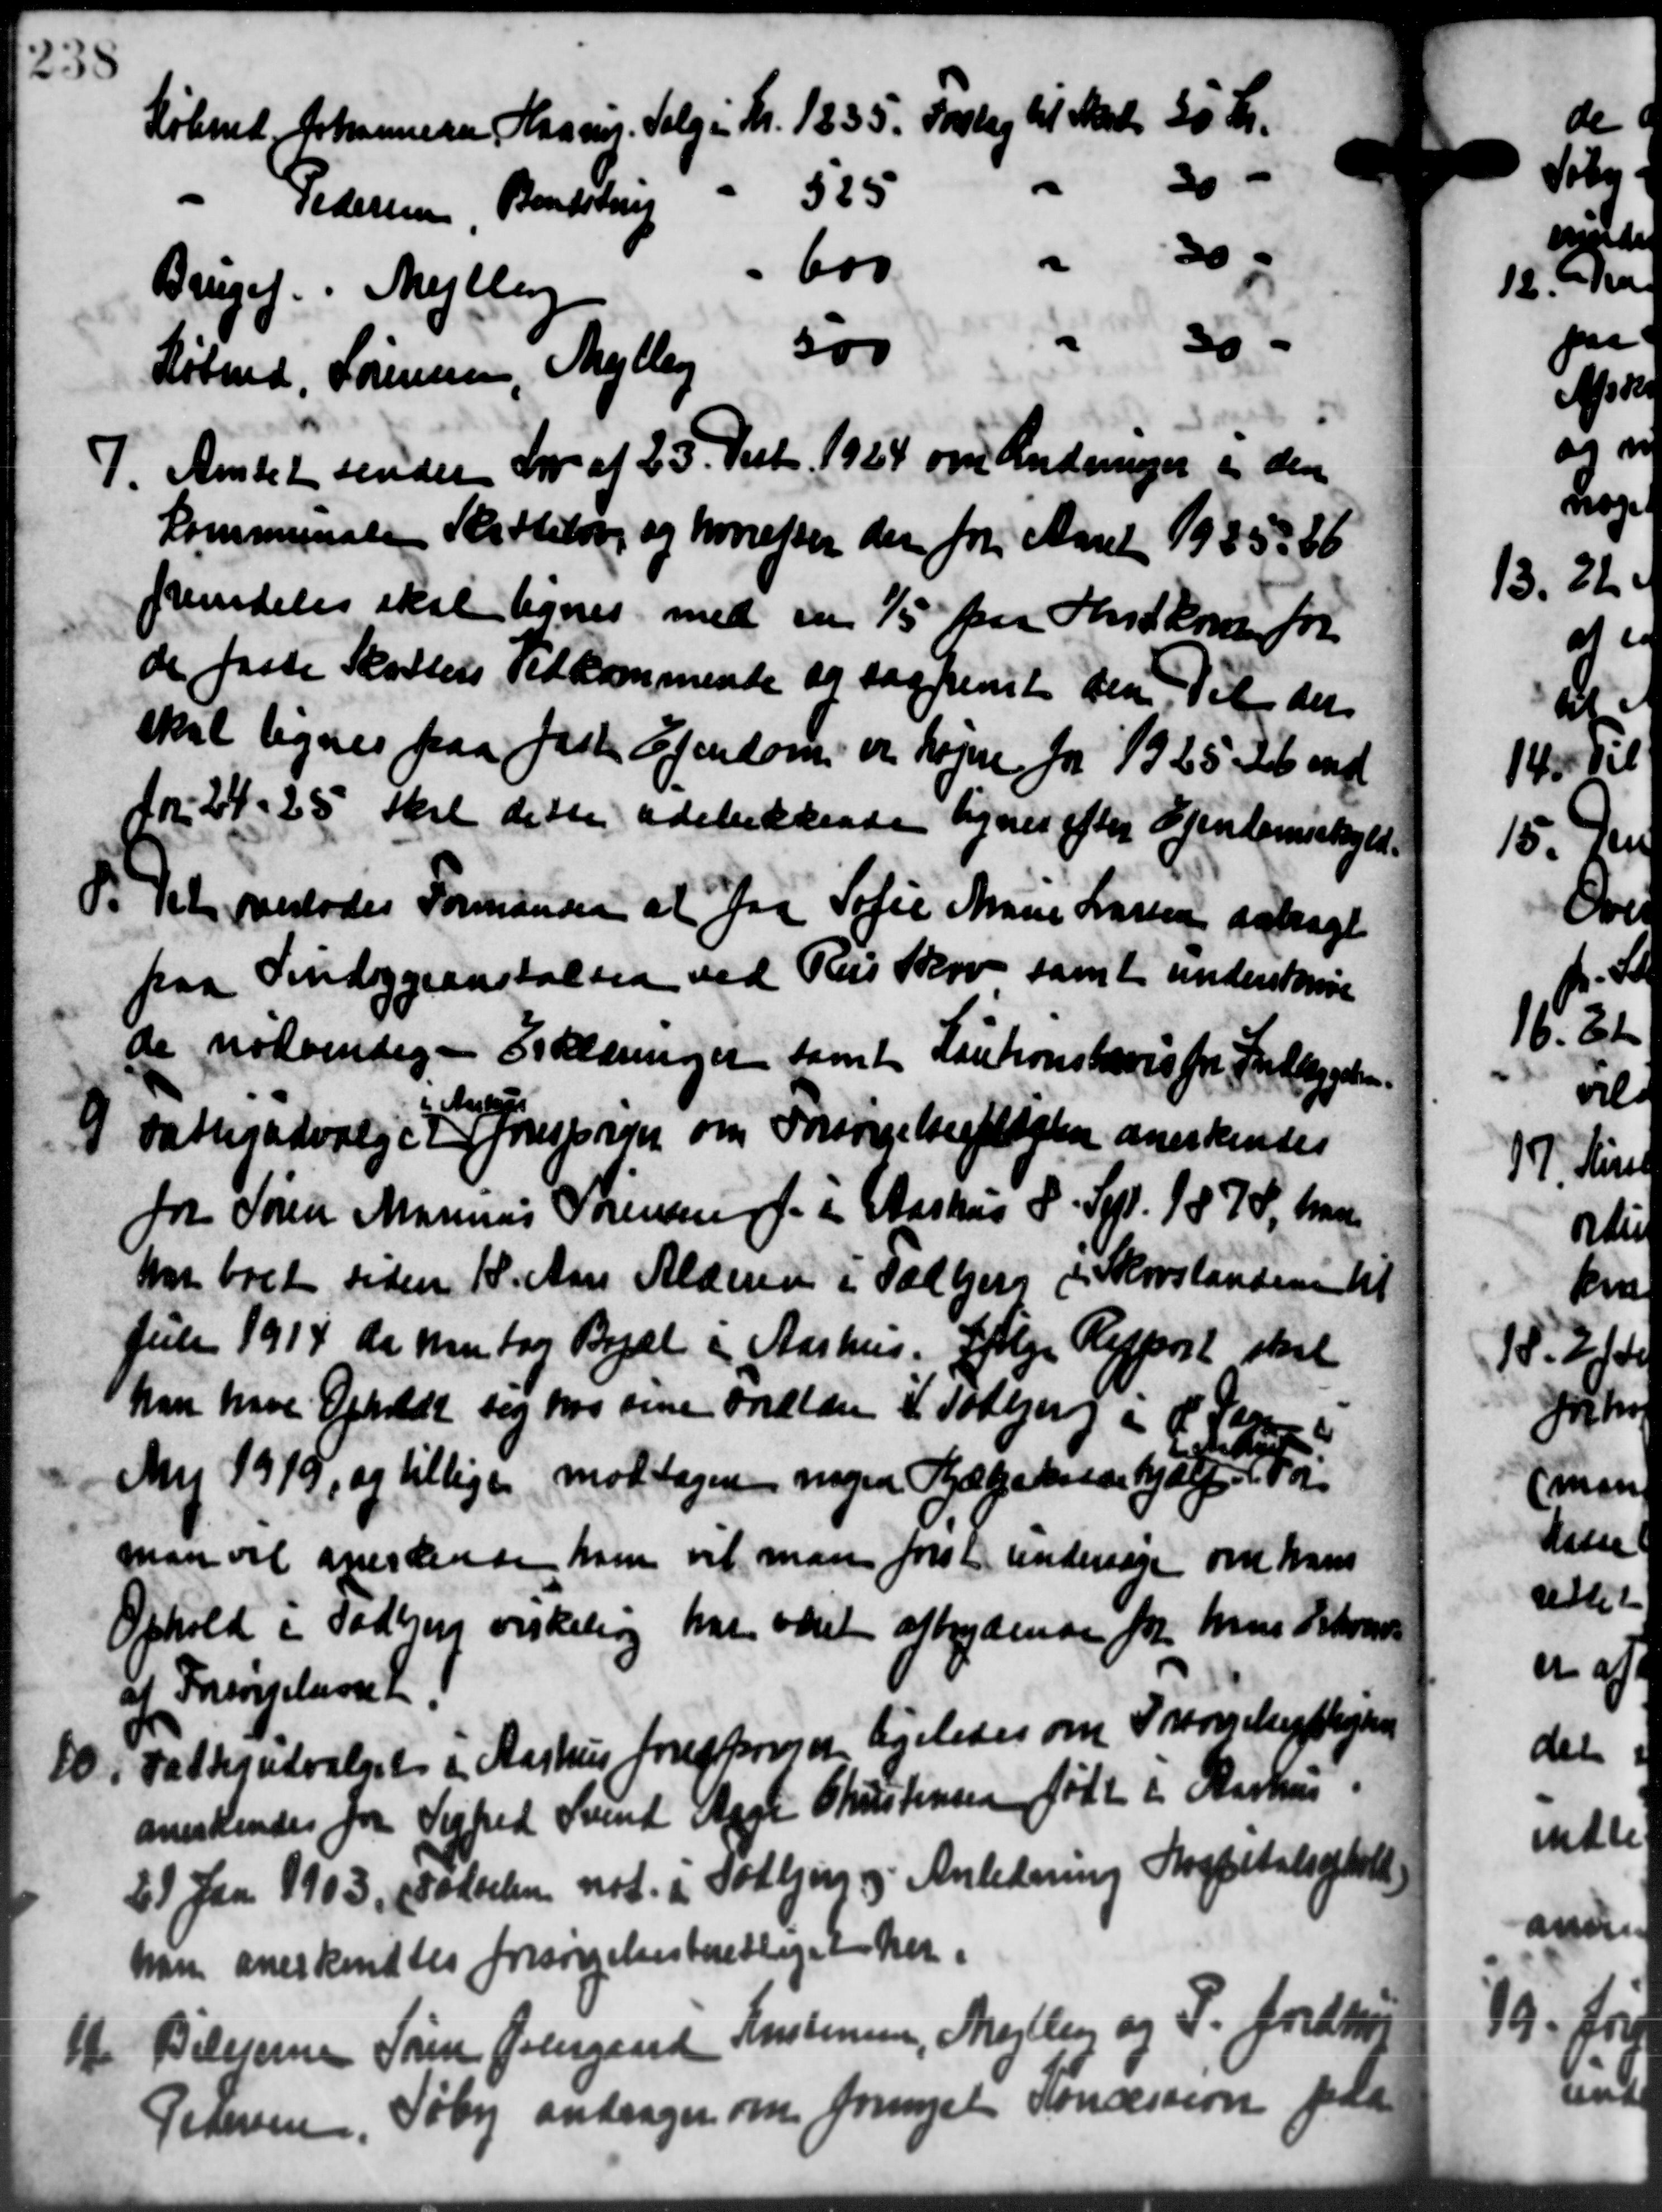
Transskription:
Købmd. Johannesen Haang. Salg i Kr. 1835. Forlag til Maade 30 Kr.
20
525
Pedersen Bendstrup
" 30.
600
Brugef. i Mejlby
30 -
500
Købmd. Sørensen, Mejlby
7. Amtet sender Lov af 25. Decbr. 1924 om Ændringer er den
7. Amtet sender Lov af 25. Decbr. 1924 om Ændringer er den
Kommunale Rettelse og hvorefter der for Aaret 1935-36
fremdeles skal lignes med en 1/5 paa Indkom for
de faste Skatters Vedkommende og saarent den Til der
skal lignes paa fast Ejendom er højere for 1925, 26 med
Nr. 24-25 skal dette adelukkende lignes efter Ejendomsskyld-
P. Det overlodes Formanden at faa Sofie Marie Larsen påtaget
P. Det overlodes Formanden at faa Sofie Marie Larsen påtaget
paa Sindsygeanstalten ved Risskov samt underskrive
de nødvendig. - Erklæringer samt Lautionshaves fra Indlæggelsen
9
Fattigudvalget foresprin om Forsørgelsespligten anerkendes
for Søren Marinus Sørensen f. i Aarhus P. Sept. 1878, har
har boet siden 18. Aars Alderen i Fællers i Skorstanden til
Juli 1914 de man tog Begæl i Aarhus. Følge Resport skal
han have Opholdt sig hos sine Indlæge i Todbjerg i H. Passe
Aart
Maj 1919, og tillige modtagne nogen Hjælpekassehjælp i For
man vil anerkende ham vil man først undersøge om hans
Ophold i Todbjerg virkeling har været afbrydende fra hus Skovre
af Forrigelevet.
10 i Fattigudvalget i Aarhus foresponis ligeledes om Forsømelsesplejen
10 i Fattigudvalget i Aarhus foresponis ligeledes om Forsømelsesplejen
anerkendes for Sigfred Svend Aage Christensen født i Aarhus.
21 Jan 1903, Folkelen not. i Todbjerg og Anledning Hospitalskole
ham anerkendtes forsørgelsesberettiget her.
14 Bilejerne Søren Pedergaard Kristensen, Mejlby og P. Jordkon
14 Bilejerne Søren Pedergaard Kristensen, Mejlby og P. Jordkon
Petersen, Søby andrager om fornyet Konsesse